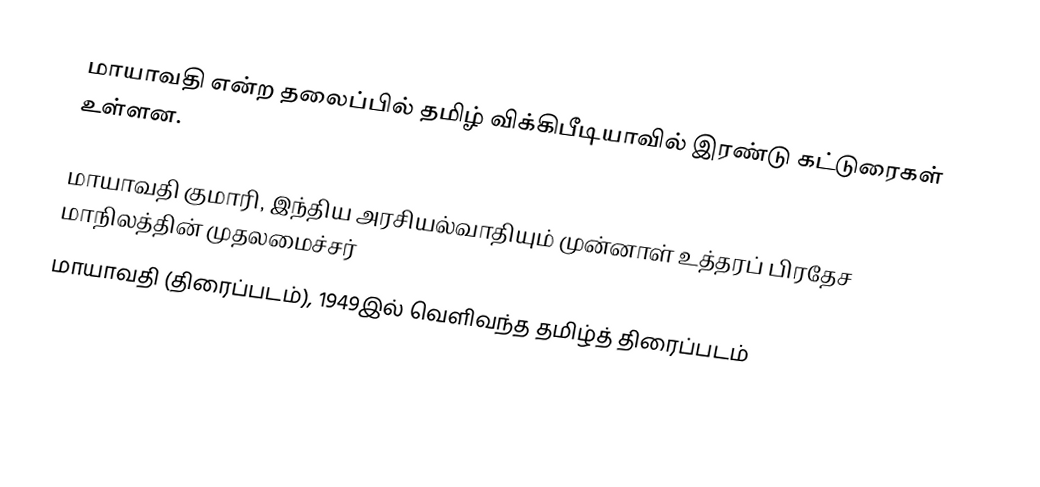
மாயாவதி என்ற தலைப்பில் தமிழ் விக்கிபீடியாவில் இரண்டு கட்டுரைகள் உள்ளன.

மாயாவதி குமாரி, இந்திய அரசியல்வாதியும் முன்னாள் உத்தரப் பிரதேச மாநிலத்தின் முதலமைச்சர்
மாயாவதி (திரைப்படம்), 1949இல் வெளிவந்த தமிழ்த் திரைப்படம்